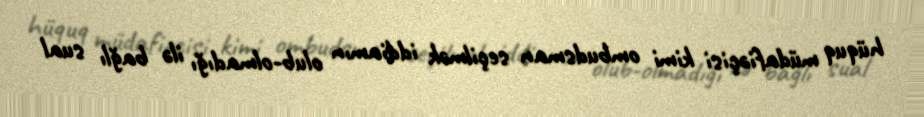
hüquq müdafiəçisi kimi ombudsman seçilmək iddiamın olub-olmadığı ilə bağlı sual